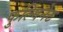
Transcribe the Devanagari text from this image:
फुल्मिनेट